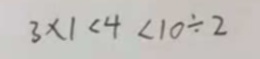
3 \times 1 < 4 < 1 0 \div 2